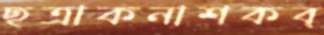
ছত্রাকনাশকব্